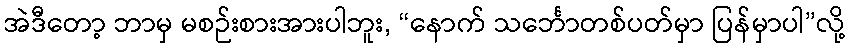
အဲဒီတော့ ဘာမှ မစဉ်းစားအားပါဘူး, “နောက် သင်္ဘောတစ်ပတ်မှာ ပြန်မှာပါ”လို့